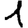
Digit: 1